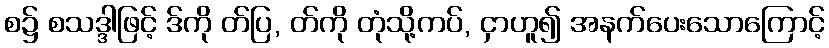
စ၌ စသဒ္ဒါဖြင့် ဒ်ကို တ်ပြ, တ်ကို တုံသို့ကပ်, ငှာဟူ၍ အနက်ပေးသောကြောင့်